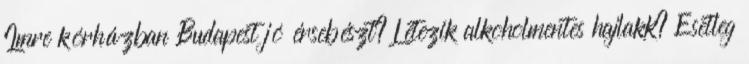
Imre kórházban Budapest jó érsebészt? Létezik alkoholmentes hajlakk? Esetleg